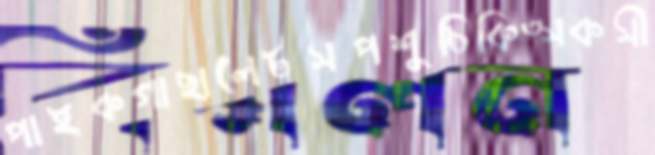
পাইকগাছালেটসপশুচিকিত্সকসী